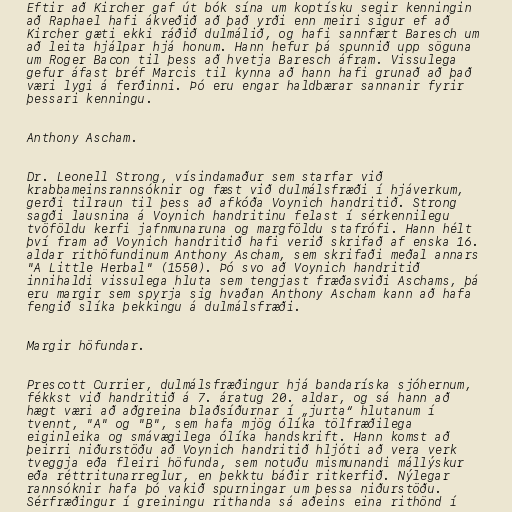
Eftir að Kircher gaf út bók sína um koptísku segir kenningin
að Raphael hafi ákveðið að það yrði enn meiri sigur ef að
Kircher gæti ekki ráðið dulmálið, og hafi sannfært Baresch um
að leita hjálpar hjá honum. Hann hefur þá spunnið upp söguna
um Roger Bacon til þess að hvetja Baresch áfram. Vissulega
gefur áfast bréf Marcis til kynna að hann hafi grunað að það
væri lygi á ferðinni. Þó eru engar haldbærar sannanir fyrir
þessari kenningu.

Anthony Ascham.

Dr. Leonell Strong, vísindamaður sem starfar við
krabbameinsrannsóknir og fæst við dulmálsfræði í hjáverkum,
gerði tilraun til þess að afkóða Voynich handritið. Strong
sagði lausnina á Voynich handritinu felast í sérkennilegu
tvöföldu kerfi jafnmunaruna og margföldu stafrófi. Hann hélt
því fram að Voynich handritið hafi verið skrifað af enska 16.
aldar rithöfundinum Anthony Ascham, sem skrifaði meðal annars
"A Little Herbal" (1550). Þó svo að Voynich handritið
innihaldi vissulega hluta sem tengjast fræðasviði Aschams, þá
eru margir sem spyrja sig hvaðan Anthony Ascham kann að hafa
fengið slíka þekkingu á dulmálsfræði.

Margir höfundar.

Prescott Currier, dulmálsfræðingur hjá bandaríska sjóhernum,
fékkst við handritið á 7. áratug 20. aldar, og sá hann að
hægt væri að aðgreina blaðsíðurnar í „jurta“ hlutanum í
tvennt, "A" og "B", sem hafa mjög ólíka tölfræðilega
eiginleika og smávægilega ólíka handskrift. Hann komst að
þeirri niðurstöðu að Voynich handritið hljóti að vera verk
tveggja eða fleiri höfunda, sem notuðu mismunandi mállýskur
eða réttritunarreglur, en þekktu báðir ritkerfið. Nýlegar
rannsóknir hafa þó vakið spurningar um þessa niðurstöðu.
Sérfræðingur í greiningu rithanda sá aðeins eina rithönd í